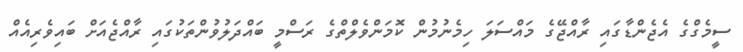
ސީމެގްގެ އެޖެންޑާގައި ރާއްޖޭގެ މައްސަލަ ހިމެނުމުން ކޮމަންވެލްތްގެ ރަސްމީ ބައްދަލުވުންތަކުގައި ރާއްޖެއަށް ބައިވެރިއެއް